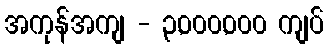
အကုန်အကျ - ၃,၀၀၀,၀၀၀ ကျပ်